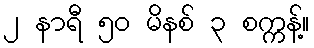
၂ နာရီ ၅၀ မိနစ် ၃ စက္ကန့်။